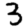
Digit: 3